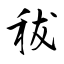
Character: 秡